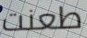
طعنت